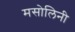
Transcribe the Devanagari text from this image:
मसोलिनी